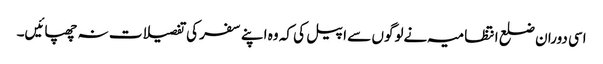
اسی دوران ضلع انتظامیہ نےلوگوں سے اپیل کی کہ وہ اپنے سفر کی تفصیلات نہ چھپائیں۔